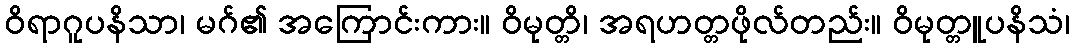
ဝိရာဂူပနိသာ၊ မဂ်၏ အကြောင်းကား။ ဝိမုတ္တိ၊ အရဟတ္တဖိုလ်တည်း။ ဝိမုတ္တူပနိသံ၊